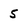
Character: 5